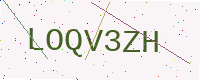
Text: LOQV3ZH